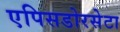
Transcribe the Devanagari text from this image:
एपिसडोरसेटा